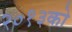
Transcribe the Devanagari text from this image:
२०१३को